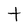
Character: t